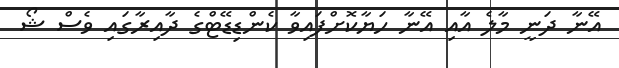
އޭނާ ދަނީ މާލެ އާއި އޭނާ ހަޔާކޮށްފައިވާ ކެންޑިޑޭޓްގެ ދާއިރާގައި ވެސް ޝޯ